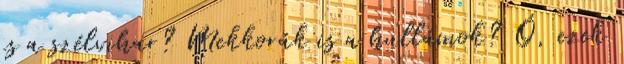
is a szélvihar? Mekkorák is a hullámok? Ó, ezek